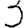
Digit: 3